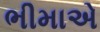
ભીમાએ